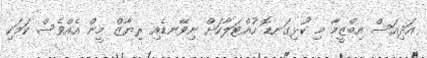
އަދިއަސް އިބްޒީމާ މި ކުޅިގަނޑޮ ހުއްޓަލާކަށް ނިވޭނޑެއި ރިޔާޒް މީން އެއްވެސް ކަމަކި